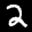
Label: 2